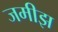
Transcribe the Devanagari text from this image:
जमीझ